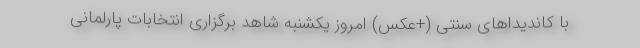
با کاندیداهای سنتی (+عکس) امروز یکشنبه شاهد برگزاری انتخابات پارلمانی